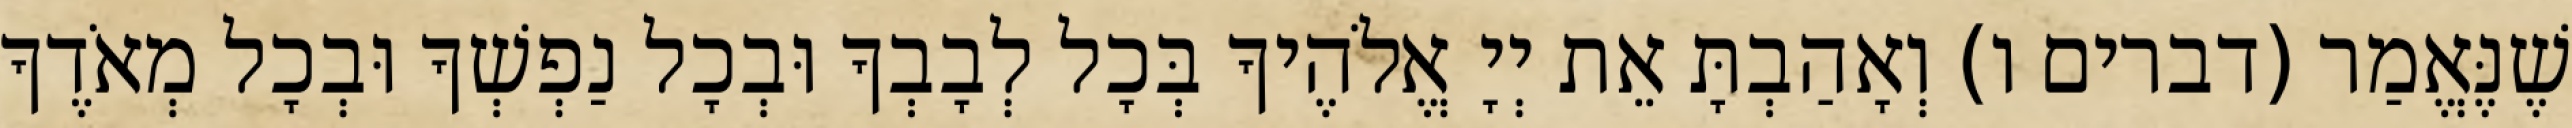
שֶׁנֶּאֱמַר (דברים ו) וְאָהַבְתָּ אֵת יְיָ אֱלֹהֶיךָ בְּכָל לְבָבְךָ וּבְכָל נַפְשְׁךָ וּבְכָל מְאֹדֶךָ